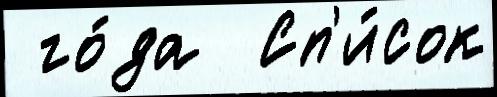
 го́да  Сп'и́сок